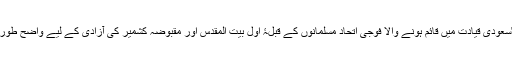
سراج الحق کا یہ بهی کہنا تها کہ ''سعودی قیادت میں قائم ہونے والا فوجی اتحاد مسلمانوں کے قبلۂ اول بیت المقدس اور مقبوضہ کشمیر کی آزادی کے لیے واضح طور پر اپنے ایجنڈے کا اعلا ن کرے''۔